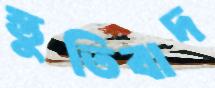
স্তুতিবাদ